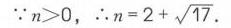
\(\because n > 0, \therefore n = 2+\sqrt{17}\)